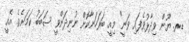
ޑރ. ޔޫން ވިދާޅުވެފައި ވަނީ" މިއީ ބަރަހަނާކޮށް ނުނިދަންވީ ސަބަބު ކަމަށެވެ. އެއީ